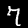
Digit: 7